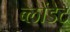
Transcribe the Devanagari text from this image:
ब्लोंडेट